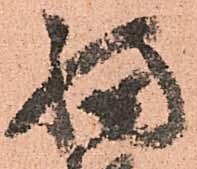
福